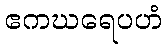
ဧကဃရေပဟံ